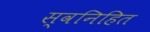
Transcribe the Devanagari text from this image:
स्वनिहित